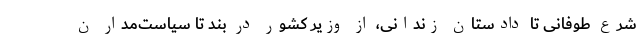
شرع طوفانی تا دادستان زندانی، از وزیر کشور در بند تا سیاست‌مدار ن